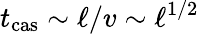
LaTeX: t_{\textrm{cas}}\sim\ell/v\sim\ell^{1/2}